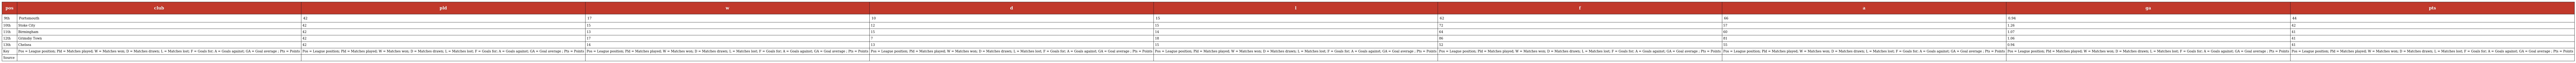
| pos | club | pld | w | d | l | f | a | ga | pts |
 | --- | --- | --- | --- | --- | --- | --- | --- | --- | --- |
 | 9th | Portsmouth | 42 | 17 | 10 | 15 | 62 | 66 | 0.94 | 44 |
 | 10th | Stoke City | 42 | 15 | 12 | 15 | 72 | 57 | 1.26 | 42 |
 | 11th | Birmingham | 42 | 13 | 15 | 14 | 64 | 60 | 1.07 | 41 |
 | 12th | Grimsby Town | 42 | 17 | 7 | 18 | 86 | 81 | 1.06 | 41 |
 | 13th | Chelsea | 42 | 14 | 13 | 15 | 52 | 55 | 0.94 | 41 |
 | Key | Pos = League position; Pld = Matches played; W = Matches won; D = Matches drawn; L = Matches lost; F = Goals for; A = Goals against; GA = Goal average ; Pts = Points | Pos = League position; Pld = Matches played; W = Matches won; D = Matches drawn; L = Matches lost; F = Goals for; A = Goals against; GA = Goal average ; Pts = Points | Pos = League position; Pld = Matches played; W = Matches won; D = Matches drawn; L = Matches lost; F = Goals for; A = Goals against; GA = Goal average ; Pts = Points | Pos = League position; Pld = Matches played; W = Matches won; D = Matches drawn; L = Matches lost; F = Goals for; A = Goals against; GA = Goal average ; Pts = Points | Pos = League position; Pld = Matches played; W = Matches won; D = Matches drawn; L = Matches lost; F = Goals for; A = Goals against; GA = Goal average ; Pts = Points | Pos = League position; Pld = Matches played; W = Matches won; D = Matches drawn; L = Matches lost; F = Goals for; A = Goals against; GA = Goal average ; Pts = Points | Pos = League position; Pld = Matches played; W = Matches won; D = Matches drawn; L = Matches lost; F = Goals for; A = Goals against; GA = Goal average ; Pts = Points | Pos = League position; Pld = Matches played; W = Matches won; D = Matches drawn; L = Matches lost; F = Goals for; A = Goals against; GA = Goal average ; Pts = Points | Pos = League position; Pld = Matches played; W = Matches won; D = Matches drawn; L = Matches lost; F = Goals for; A = Goals against; GA = Goal average ; Pts = Points |
 | Source |  |  |  |  |  |  |  |  |  |